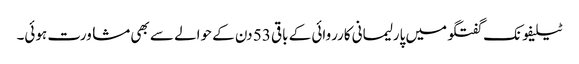
ٹیلیفونک گفتگو میں پارلیمانی کارروائی کے باقی 53 دن کے حوالے سے بھی مشاورت ہوئی۔